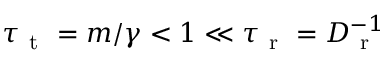
\tau _ { \mathrm { ~ t ~ } } = m / \gamma < 1 \ll \tau _ { \mathrm { ~ r ~ } } = D _ { \mathrm { ~ r ~ } } ^ { - 1 }